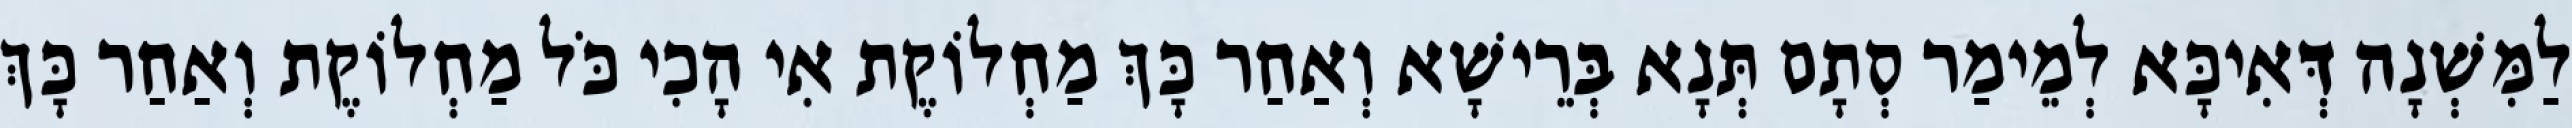
לַמִּשְׁנָה דְּאִיכָּא לְמֵימַר סְתָם תְּנָא בְּרֵישָׁא וְאַחַר כָּךְ מַחְלוֹקֶת אִי הָכִי כֹּל מַחְלוֹקֶת וְאַחַר כָּךְ